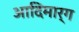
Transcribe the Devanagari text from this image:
आदिमार्ग